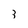
Character: 3